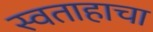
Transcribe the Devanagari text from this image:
स्वताहाचा